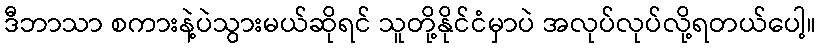
ဒီဘာသာ စကားနဲ့ပဲသွားမယ်ဆိုရင် သူတို့နိုင်ငံမှာပဲ အလုပ်လုပ်လို့ရတယ်ပေါ့။